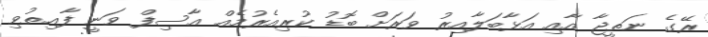
ރޭގެ ނަތީޖާ އާއި އަޅާބަލާއިރު ވަރަށް ބޮޑު ކުރިއެރުމެއް އާސިފް ވަނީ ފާއިތުވި